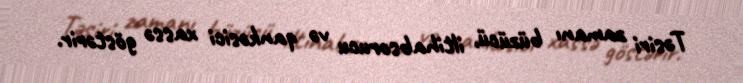
Təsiri zamanı büzücü, iltihabsorucu və qankəsici xassə göstərir.